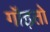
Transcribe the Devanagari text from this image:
गॉइतो